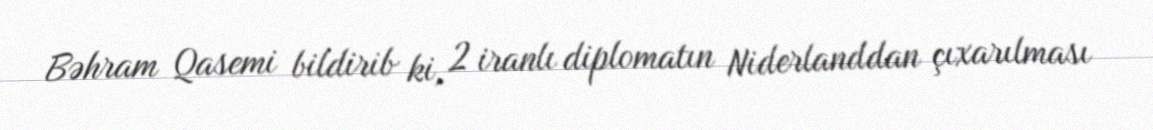
Bəhram Qasemi bildirib ki, 2 iranlı diplomatın Niderlanddan çıxarılması